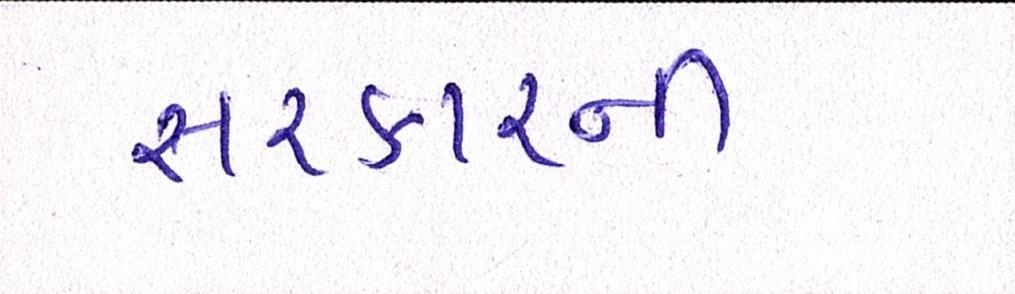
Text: સરકારની